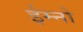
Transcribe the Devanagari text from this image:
ईम्नो